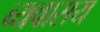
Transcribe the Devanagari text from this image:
व्यवासय